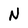
Character: n